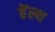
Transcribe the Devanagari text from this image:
हेंल्थ